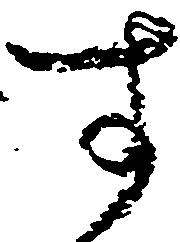
す